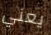
يعني